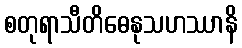
စတုရာသီတိဓေနုသဟဿာနိ